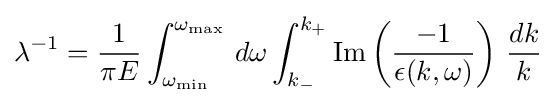
\lambda ^{-1}={\frac {1}{\pi E}}\int _{\omega _{\mathrm {min} }}^{\omega _{\mathrm {max} }}\,d\omega \int _{k_{-}}^{k_{+}}\mathrm {Im} \left({\frac {-1}{\epsilon (k,\omega )}}\right)\,{\frac {dk}{k}}